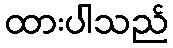
ထားပါသည်